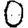
Digit: 0